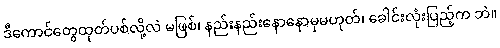
ဒီကောင်တွေထုတ်ပစ်လို့လဲ မဖြစ်၊ နည်းနည်းနောနောမှမဟုတ်၊ ခေါင်းလုံးပြည့်က ဘဲ။